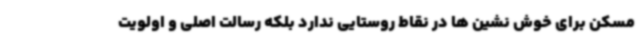
مسکن برای خوش نشین ها در نقاط روستایی ندارد بلکه رسالت اصلی و اولویت